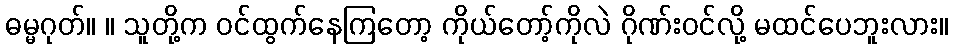
ဓမ္မဂုတ်။ ။ သူတို့က ဝင်ထွက်နေကြတော့ ကိုယ်တော့်ကိုလဲ ဂိုဏ်းဝင်လို့ မထင်ပေဘူးလား။